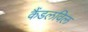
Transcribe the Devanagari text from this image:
कैंडलविल